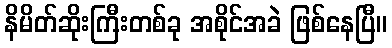
နိမိတ်ဆိုးကြီးတစ်ခု အစိုင်အခဲ ဖြစ်နေပြီ။